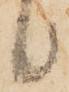
候